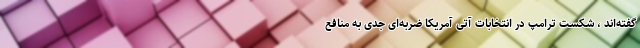
گفته‌اند ، شکست ترامپ در انتخابات آتی آمریکا ضربه‌ای جدی به منافع